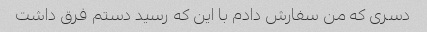
دسری که من سفارش دادم با این که رسید دستم فرق داشت